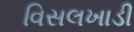
વિસલખાડી